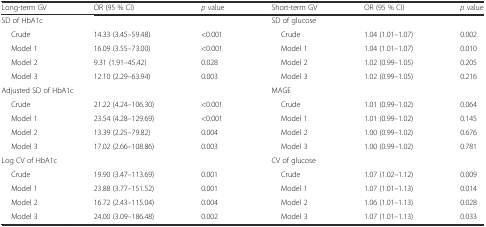
<table><thead><tr><td><b>Long-term GV</b></td><td><b>OR (95 % CI)</b></td><td><b><i>p</i> value</b></td><td><b>Short-term GV</b></td><td><b>OR (95 % CI)</b></td><td><b><i>p</i> value</b></td></tr></thead><tbody><tr><td>SD of HbA1c</td><td></td><td></td><td>SD of glucose</td><td></td><td></td></tr><tr><td>Crude</td><td>14.33 (3.45–59.48)</td><td>&lt;0.001</td><td>Crude</td><td>1.04 (1.01–1.07)</td><td>0.002</td></tr><tr><td>Model 1</td><td>16.09 (3.55–73.00)</td><td>&lt;0.001</td><td>Model 1</td><td>1.04 (1.01–1.07)</td><td>0.010</td></tr><tr><td>Model 2</td><td>9.31 (1.91–45.42)</td><td>0.028</td><td>Model 2</td><td>1.02 (0.99–1.05)</td><td>0.205</td></tr><tr><td>Model 3</td><td>12.10 (2.29–63.94)</td><td>0.003</td><td>Model 3</td><td>1.02 (0.99–1.05)</td><td>0.216</td></tr><tr><td colspan="2">Adjusted SD of HbA1c</td><td></td><td>MAGE</td><td></td><td></td></tr><tr><td>Crude</td><td>21.22 (4.24–106.30)</td><td>&lt;0.001</td><td>Crude</td><td>1.01 (0.99–1.02)</td><td>0.064</td></tr><tr><td>Model 1</td><td>23.54 (4.28–129.69)</td><td>&lt;0.001</td><td>Model 1</td><td>1.01 (0.99–1.02)</td><td>0.145</td></tr><tr><td>Model 2</td><td>13.39 (2.25–79.82)</td><td>0.004</td><td>Model 2</td><td>1.00 (0.99–1.02)</td><td>0.676</td></tr><tr><td>Model 3</td><td>17.02 (2.66–108.86)</td><td>0.003</td><td>Model 3</td><td>1.00 (0.99–1.02)</td><td>0.781</td></tr><tr><td colspan="2">Log CV of HbA1c</td><td></td><td>CV of glucose</td><td></td><td></td></tr><tr><td>Crude</td><td>19.90 (3.47–113.69)</td><td>0.001</td><td>Crude</td><td>1.07 (1.02–1.12)</td><td>0.009</td></tr><tr><td>Model 1</td><td>23.88 (3.77–151.52)</td><td>0.001</td><td>Model 1</td><td>1.07 (1.01–1.13)</td><td>0.014</td></tr><tr><td>Model 2</td><td>16.72 (2.43–115.04)</td><td>0.004</td><td>Model 2</td><td>1.06 (1.01–1.13)</td><td>0.028</td></tr><tr><td>Model 3</td><td>24.00 (3.09–186.48)</td><td>0.002</td><td>Model 3</td><td>1.07 (1.01–1.13)</td><td>0.033</td></tr></tbody></table>